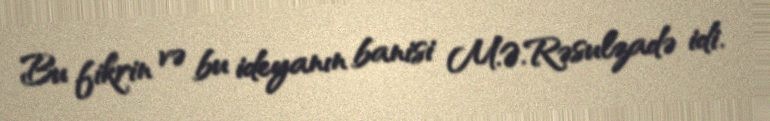
Bu fikrin və bu ideyanın banisi M.Ə.Rəsulzadə idi.